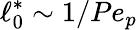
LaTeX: \ell_{0}^{\ast}\sim 1/Pe_{p}